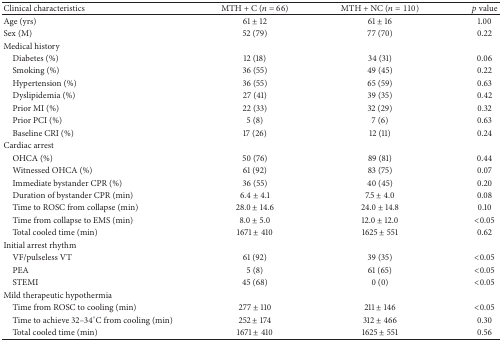
<table><thead><tr><td><b>Clinical characteristics</b></td><td><b>MTH + C (<i>n</i> = 66)</b></td><td><b>MTH + NC (<i>n</i> = 110)</b></td><td><b><i>p</i> value</b></td></tr></thead><tbody><tr><td>Age (yrs)</td><td>61 ± 12</td><td>61 ± 16</td><td>1.00</td></tr><tr><td>Sex (M)</td><td>52 (79)</td><td>77 (70)</td><td>0.22</td></tr><tr><td>Medical history</td><td> </td><td> </td><td> </td></tr><tr><td> Diabetes (%)</td><td>12 (18)</td><td>34 (31)</td><td>0.06</td></tr><tr><td> Smoking (%)</td><td>36 (55)</td><td>49 (45)</td><td>0.22</td></tr><tr><td> Hypertension (%)</td><td>36 (55)</td><td>65 (59)</td><td>0.63</td></tr><tr><td> Dyslipidemia (%)</td><td>27 (41)</td><td>39 (35)</td><td>0.42</td></tr><tr><td> Prior MI (%)</td><td>22 (33)</td><td>32 (29)</td><td>0.32</td></tr><tr><td> Prior PCI (%)</td><td>5 (8)</td><td>7 (6)</td><td>0.63</td></tr><tr><td> Baseline CRI (%)</td><td>17 (26)</td><td>12 (11)</td><td>0.24</td></tr><tr><td>Cardiac arrest</td><td> </td><td> </td><td> </td></tr><tr><td> OHCA (%)</td><td>50 (76)</td><td>89 (81)</td><td>0.44</td></tr><tr><td> Witnessed OHCA (%)</td><td>61 (92)</td><td>83 (75)</td><td>0.07</td></tr><tr><td> Immediate bystander CPR (%)</td><td>36 (55)</td><td>40 (45)</td><td>0.20</td></tr><tr><td> Duration of bystander CPR (min)</td><td>6.4 ± 4.1</td><td>7.5 ± 4.0</td><td>0.08</td></tr><tr><td> Time to ROSC from collapse (min)</td><td>28.0 ± 14.6 </td><td>24.0 ± 14.8 </td><td>0.10</td></tr><tr><td> Time from collapse to EMS (min)</td><td>8.0 ± 5.0</td><td>12.0 ± 12.0</td><td>&lt;0.05</td></tr><tr><td> Total cooled time (min)</td><td>1671 ± 410</td><td>1625 ± 551</td><td>0.62</td></tr><tr><td>Initial arrest rhythm</td><td> </td><td> </td><td> </td></tr><tr><td> VF/pulseless VT</td><td>61 (92)</td><td>39 (35)</td><td>&lt;0.05</td></tr><tr><td> PEA</td><td>5 (8)</td><td>61 (65)</td><td>&lt;0.05</td></tr><tr><td> STEMI</td><td>45 (68)</td><td>0 (0)</td><td>&lt;0.05</td></tr><tr><td>Mild therapeutic hypothermia</td><td> </td><td> </td><td> </td></tr><tr><td> Time from ROSC to cooling (min)</td><td>277 ± 110</td><td>211 ± 146</td><td>&lt;0.05</td></tr><tr><td> Time to achieve 32–34°C from cooling (min)</td><td>252 ± 174</td><td>312 ± 466</td><td>0.30</td></tr><tr><td> Total cooled time (min)</td><td>1671 ± 410</td><td>1625 ± 551</td><td>0.56</td></tr></tbody></table>